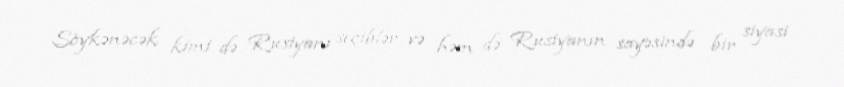
Söykənəcək kimi də Rusiyanı seçiblər və həm də Rusiyanın sayəsində bir siyasi